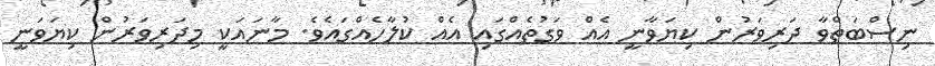
ނިސްބަތްވާ ދަރިވަރުން ކިޔަވާނީ އެއް ވަގުތެއްގައި އެއް ކުލާހެއްގައެވެ. މާނައަކީ މިދަރިވަރުން ކިޔަވަނީ